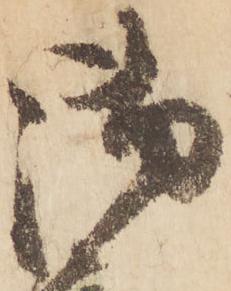
御